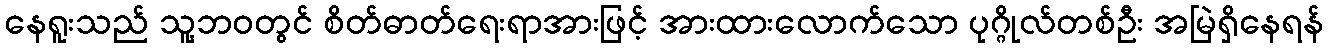
နေရူးသည် သူ့ဘဝတွင် စိတ်ဓာတ်ရေးရာအားဖြင့် အားထားလောက်သော ပုဂ္ဂိုလ်တစ်ဦး အမြဲရှိနေရန်